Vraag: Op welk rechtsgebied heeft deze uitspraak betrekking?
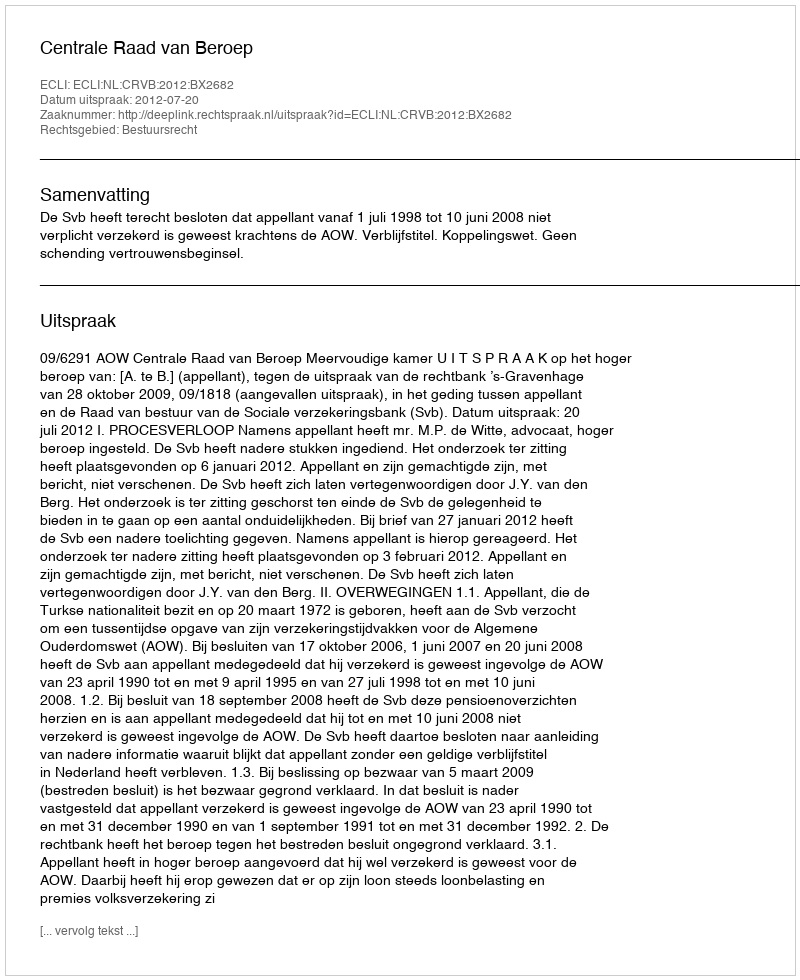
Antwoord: Bestuursrecht